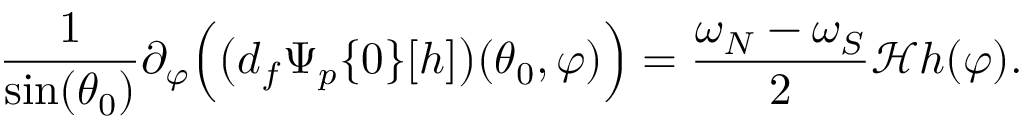
\frac { 1 } { \sin ( \theta _ { 0 } ) } \partial _ { \varphi } \Big ( \big ( d _ { f } \Psi _ { p } \{ 0 \} [ h ] \big ) ( \theta _ { 0 } , \varphi ) \Big ) = \frac { \omega _ { N } - \omega _ { S } } { 2 } \mathcal { H } h ( \varphi ) .